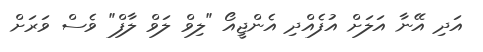
އަދި އޭނާ އަލަށް އުފެެއްދި އެންޖީއޯ "ލިވް ލަވް ލާފް" ވެސް ވަރަށް